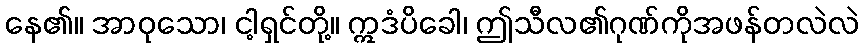
နေ၏။ အာဝုသော၊ ငါ့ရှင်တို့။ ဣဒံပိခေါ၊ ဤသီလ၏ဂုဏ်ကိုအဖန်တလဲလဲ